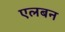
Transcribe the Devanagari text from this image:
एलबन